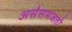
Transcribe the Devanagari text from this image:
असेसमजतो